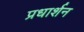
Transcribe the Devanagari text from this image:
प्रधार्शन